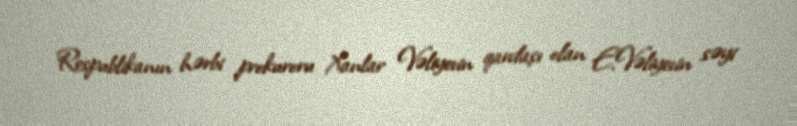
Respublikanın hərbi prokuroru Xanlar Vəliyevin qardaşı olan E.Vəliyevin səyi